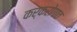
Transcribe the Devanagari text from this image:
कर्करोगात